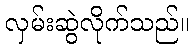
လှမ်းဆွဲလိုက်သည်။